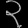
Digit: ၃